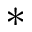
*